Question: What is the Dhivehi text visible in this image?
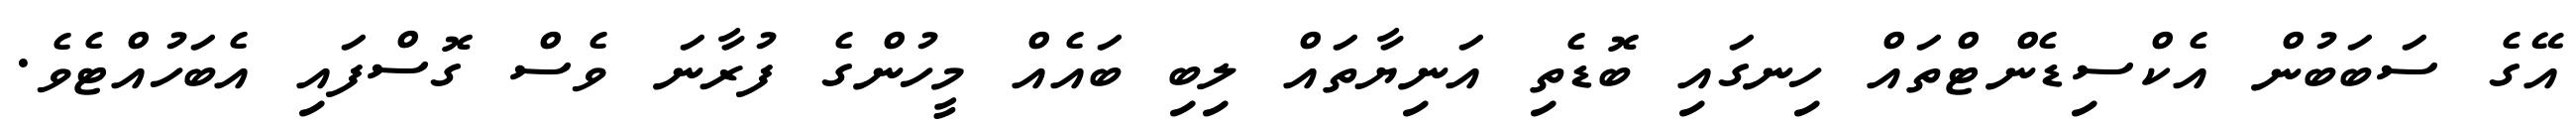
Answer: އޭގެ ސަބަބުން އެކްސިޑެންޓްތައް ހިނގައި ބޮޑެތި އަނިޔާތައް ލިބި ބައެއް މީހުންގެ ފުރާނަ ވެސް ގޮސްފައި އެބަހުއްޓެވެ.